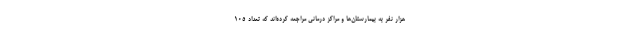
هزار نفر به بیمارستان‌ها و مراکز درمانی مراجعه کرده‌اند که تعداد ۱۰۵